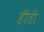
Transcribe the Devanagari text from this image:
हीती